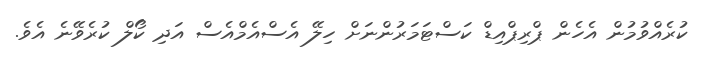
ކުރެއްވުމުން އެހެން ޕްރިޕްއިޑް ކަސްޓަމަރުންނަށް ހިލޭ އެސްއެމްއެސް އަދި ކޯލް ކުރެވޭނެ އެވެ.